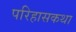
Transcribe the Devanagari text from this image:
परिहासकथा